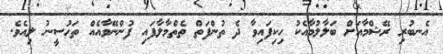
އެނބުރި ރޭޝްމާއަށް ބަލާލުމާއެކު ހިކިފައިވާ ދެ ތުންފަތް ތެތްމާލާފައި ފުންނޭވާއެއް ތަހުސީނު ލިއެވެ.